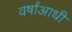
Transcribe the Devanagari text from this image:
वर्षांआधी